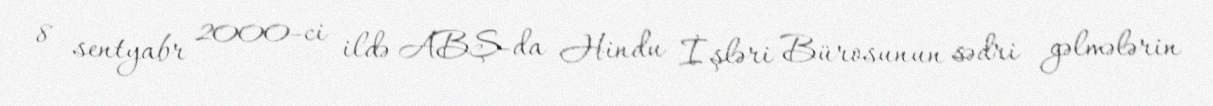
8 sentyabr 2000-ci ildə ABŞ-da Hindu İşləri Bürosunun sədri gəlmələrin